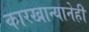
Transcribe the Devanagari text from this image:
कारखान्यानेही